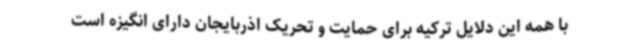
با همه این دلایل ترکیه برای حمایت و تحریک اذربایجان دارای انگیزه است